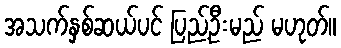
အသက်နှစ်ဆယ်ပင် ပြည့်ဦးမည် မဟုတ်။